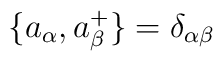
\{a_\alpha, a^+_\beta \} = \delta_{\alpha\beta}